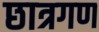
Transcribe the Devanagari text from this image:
छात्रगण